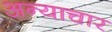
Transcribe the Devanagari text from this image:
अन्याचार